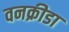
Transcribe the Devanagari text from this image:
वनक्रीडा